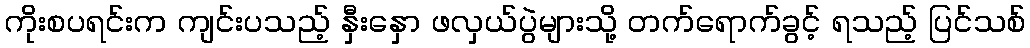
ကိုးစပရင်းက ကျင်းပသည့် နှီးနှော ဖလှယ်ပွဲများသို့ တက်ရောက်ခွင့် ရသည့် ပြင်သစ်